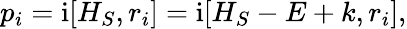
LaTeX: \begin{array}{r}{p_{i}=\mathrm{i}[H_{S},r_{i}]=\mathrm{i}[H_{S}-E+k,r_{i}],}\end{array}